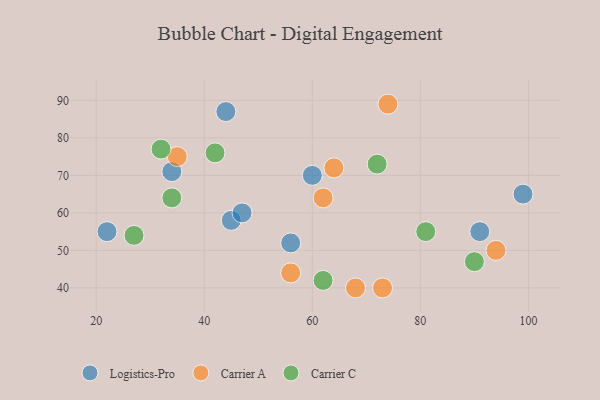
{"axis": {"x": "GDP", "y": "Life Expectancy"}, "legend": ["Carrier A", "Carrier C", "Logistics-Pro"], "data": [{"x": "45", "y": 58, "type": "Logistics-Pro"}, {"x": "99", "y": 65, "type": "Logistics-Pro"}, {"x": "44", "y": 87, "type": "Logistics-Pro"}, {"x": "56", "y": 52, "type": "Logistics-Pro"}, {"x": "47", "y": 60, "type": "Logistics-Pro"}, {"x": "22", "y": 55, "type": "Logistics-Pro"}, {"x": "34", "y": 71, "type": "Logistics-Pro"}, {"x": "60", "y": 70, "type": "Logistics-Pro"}, {"x": "91", "y": 55, "type": "Logistics-Pro"}, {"x": "94", "y": 50, "type": "Carrier A"}, {"x": "68", "y": 40, "type": "Carrier A"}, {"x": "64", "y": 72, "type": "Carrier A"}, {"x": "35", "y": 75, "type": "Carrier A"}, {"x": "56", "y": 44, "type": "Carrier A"}, {"x": "73", "y": 40, "type": "Carrier A"}, {"x": "74", "y": 89, "type": "Carrier A"}, {"x": "62", "y": 64, "type": "Carrier A"}, {"x": "72", "y": 73, "type": "Carrier C"}, {"x": "81", "y": 55, "type": "Carrier C"}, {"x": "34", "y": 64, "type": "Carrier C"}, {"x": "32", "y": 77, "type": "Carrier C"}, {"x": "42", "y": 76, "type": "Carrier C"}, {"x": "62", "y": 42, "type": "Carrier C"}, {"x": "27", "y": 54, "type": "Carrier C"}, {"x": "90", "y": 47, "type": "Carrier C"}]}